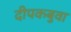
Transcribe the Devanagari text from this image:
दीपकबुवा